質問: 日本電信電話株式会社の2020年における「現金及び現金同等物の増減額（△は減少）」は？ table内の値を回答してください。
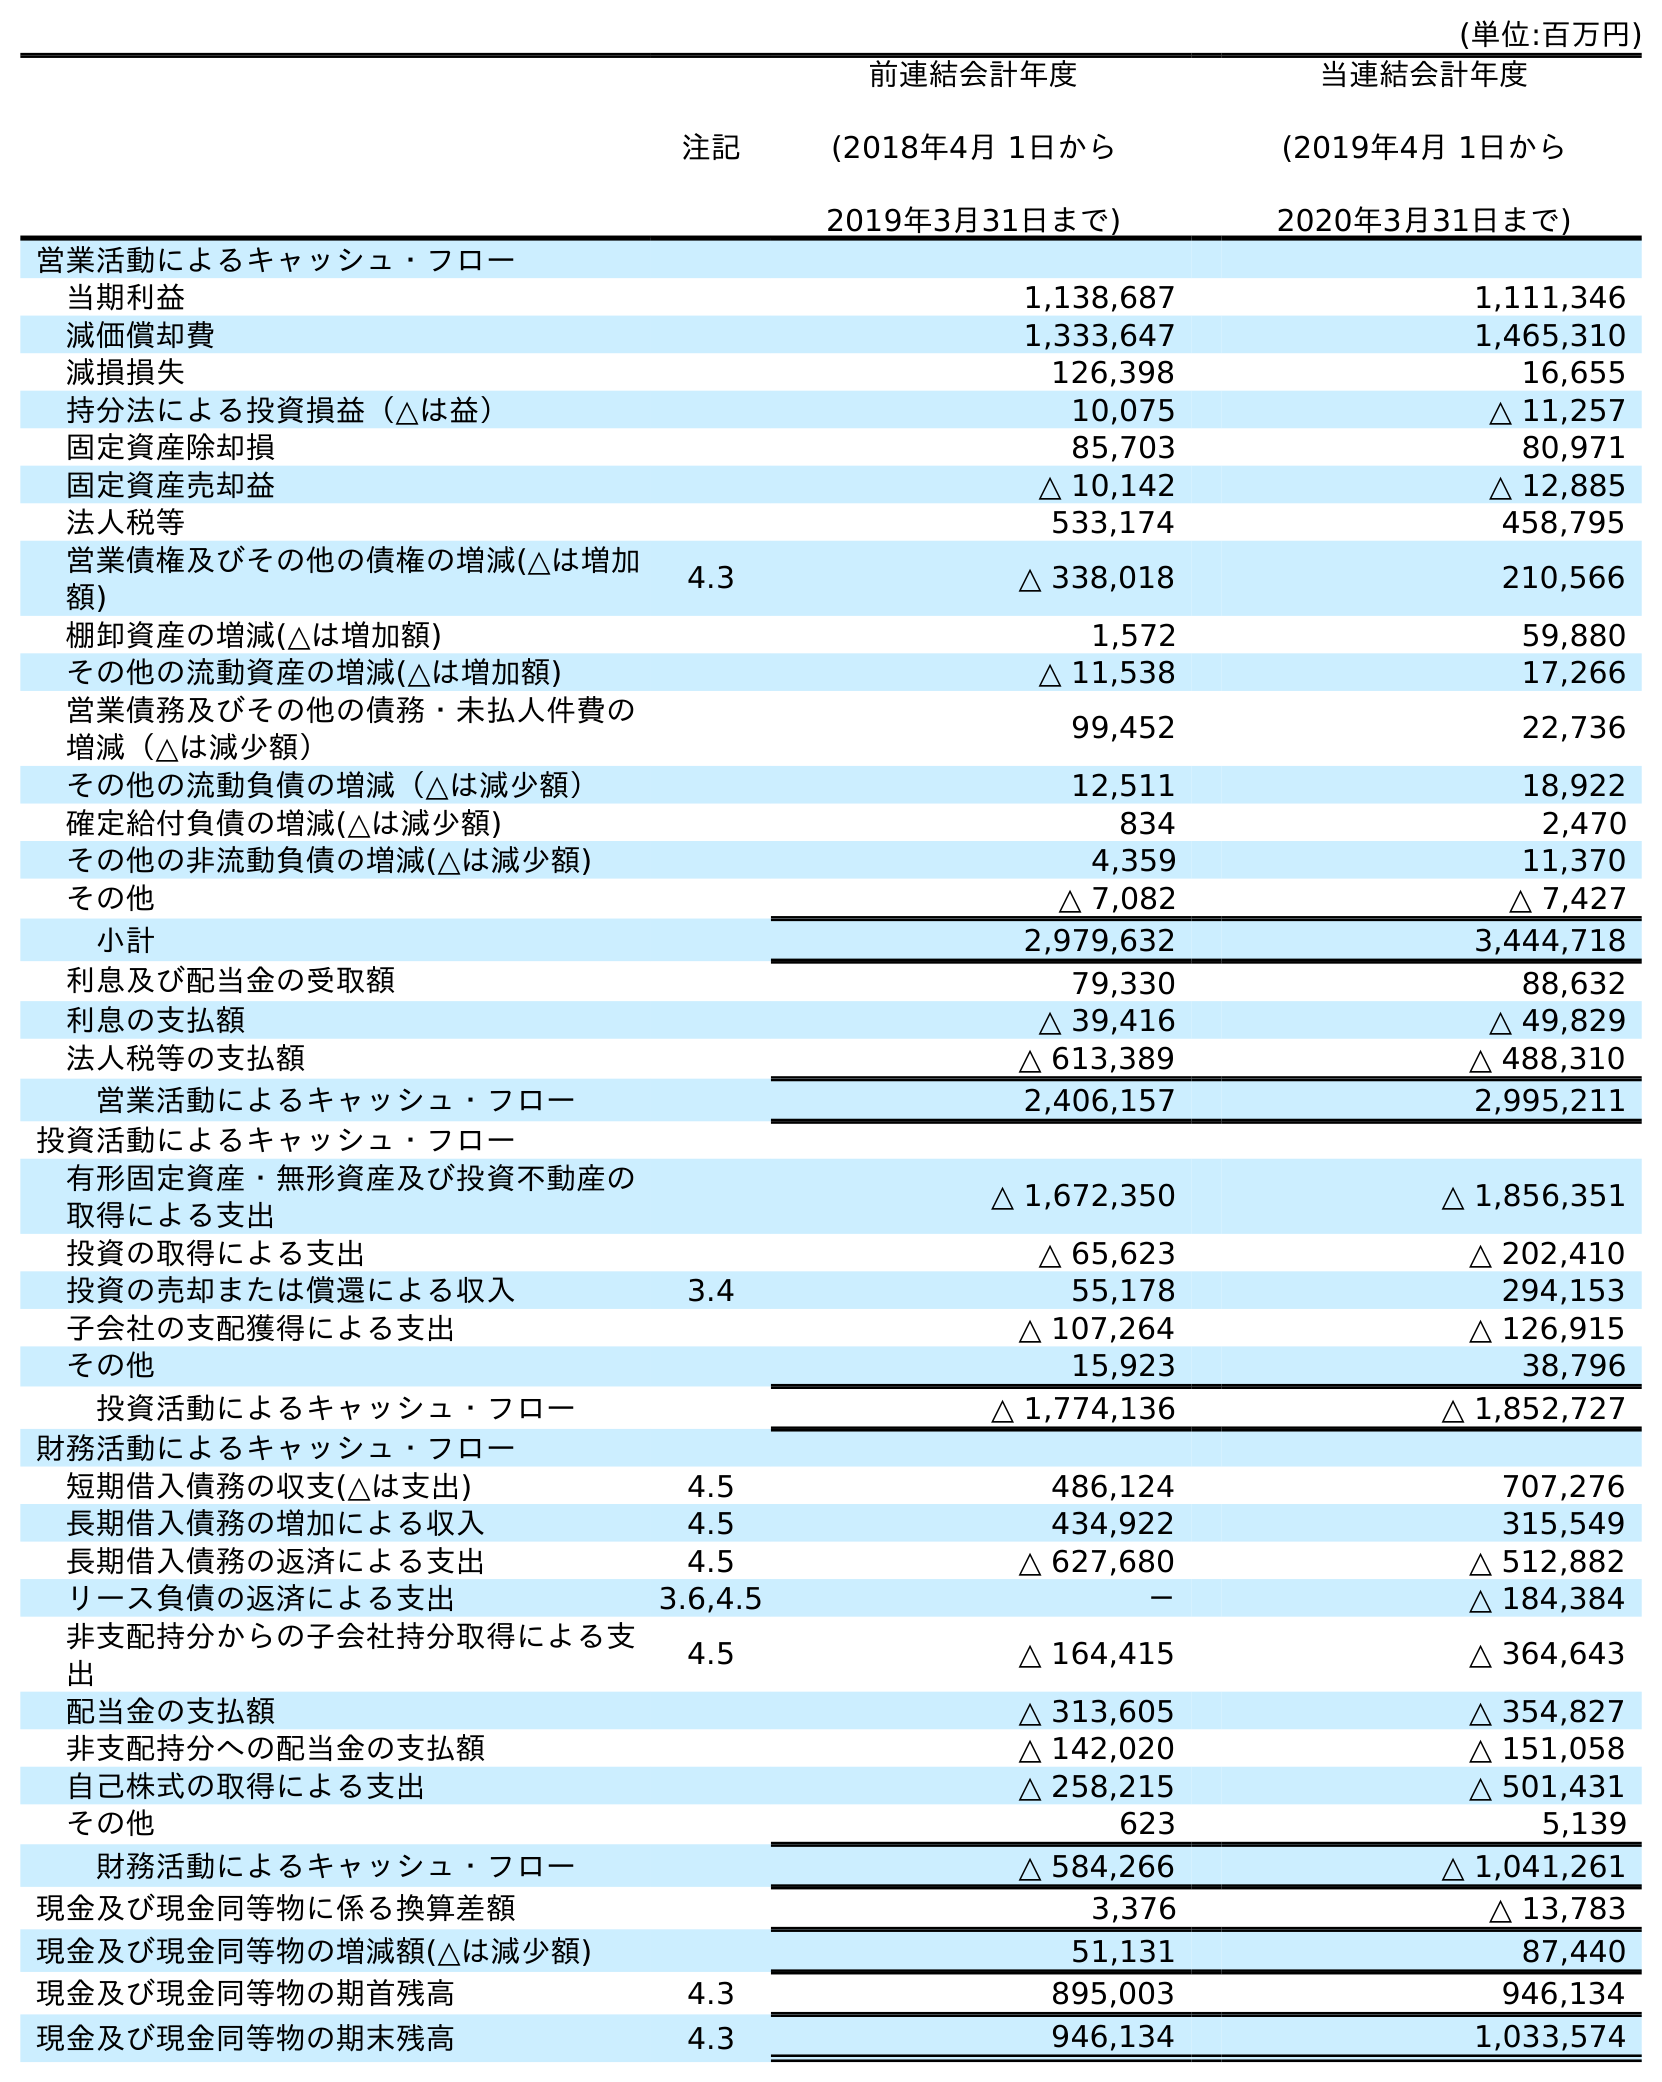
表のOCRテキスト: (単位:百万円) 注記 前連結会計年度 (2018年4月 1日から 2019年3月31日まで) 当連結会計年度 (2019年4月 1日から 2020年3月31日まで) 営業活動によるキャッシュ・フロー 当期利益 1,138,687 1,111,346 減価償却費 1,333,647 1,465,310 減損損失 126,398 16,655 持分法による投資損益（△は益） 10,075 △ 11,257 固定資産除却損 85,703 80,971 固定資産売却益 △ 10,142 △ 12,885 法人税等 533,174 458,795 営業債権及びその他の債権の増減(△は増加 額) 4.3 △ 338,018 210,566 棚卸資産の増減(△は増加額) 1,572 59,880 その他の流動資産の増減(△は増加額) △ 11,538 17,266 営業債務及びその他の債務・未払人件費の 増減（△は減少額） 99,452 22,736 その他の流動負債の増減（△は減少額） 12,511 18,922 確定給付負債の増減(△は減少額) 834 2,470 その他の非流動負債の増減(△は減少額) 4,359 11,370 その他 △ 7,082 △ 7,427 小計 2,979,632 3,444,718 利息及び配当金の受取額 79,330 88,632 利息の支払額 △ 39,416 △ 49,829 法人税等の支払額 △ 613,389 △ 488,310 営業活動によるキャッシュ・フロー 2,406,157 2,995,211 投資活動によるキャッシュ・フロー 有形固定資産・無形資産及び投資不動産の 取得による支出 △ 1,672,350 △ 1,856,351 投資の取得による支出 △ 65,623 △ 202,410 投資の売却または償還による収入 3.4 55,178 294,153 子会社の支配獲得による支出 △ 107,264 △ 126,915 その他 15,923 38,796 投資活動によるキャッシュ・フロー △ 1,774,136 △ 1,852,727 財務活動によるキャッシュ・フロー 短期借入債務の収支(△は支出) 4.5 486,124 707,276 長期借入債務の増加による収入 4.5 434,922 315,549 長期借入債務の返済による支出 4.5 △ 627,680 △ 512,882 リース負債の返済による支出 3.6,4.5 － △ 184,384 非支配持分からの子会社持分取得による支 出 4.5 △ 164,415 △ 364,643 配当金の支払額 △ 313,605 △ 354,827 非支配持分への配当金の支払額 △ 142,020 △ 151,058 自己株式の取得による支出 △ 258,215 △ 501,431 その他 623 5,139 財務活動によるキャッシュ・フロー △ 584,266 △ 1,041,261 現金及び現金同等物に係る換算差額 3,376 △ 13,783 現金及び現金同等物の増減額(△は減少額) 51,131 87,440 現金及び現金同等物の期首残高 4.3 895,003 946,134 現金及び現金同等物の期末残高 4.3 946,134 1,033,574
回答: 87,440